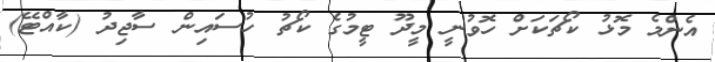
އެންމެ މޮޅު ކޯޗަކަށް ހޮވުނީ މީދޫ ޓީމުގެ ކޯޗު ހުސައިން ސާޖިދު (ކާއްޓޭ)